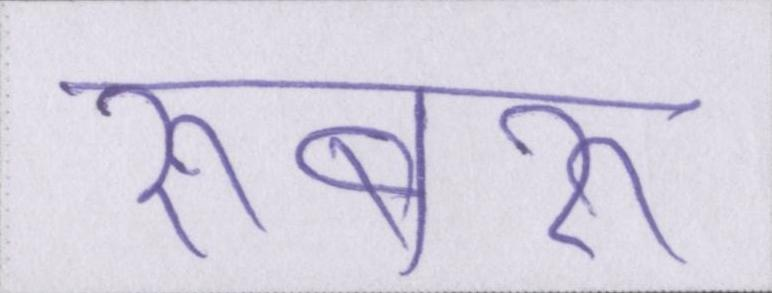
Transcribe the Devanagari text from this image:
रूबरू